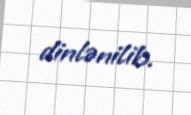
dinlənilib.